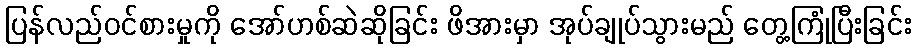
ပြန်လည်ဝင်စားမှုကို အော်ဟစ်ဆဲဆိုခြင်း ဖိအားမှာ အုပ်ချုပ်သွားမည် တွေ့ကြုံပြီးခြင်း